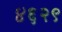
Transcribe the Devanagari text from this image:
४६२९